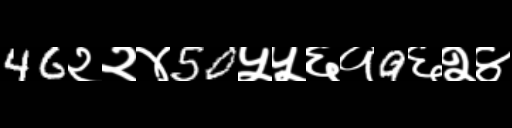
Text: 46२२४50५५६१9६२४